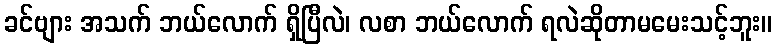
ခင်ဗျား အသက် ဘယ်လောက် ရှိပြီလဲ၊ လစာ ဘယ်လောက် ရလဲဆိုတာမမေးသင့်ဘူး။